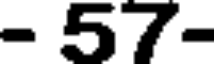
- 57-